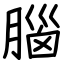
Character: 腦